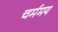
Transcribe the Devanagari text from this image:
चर्ममय